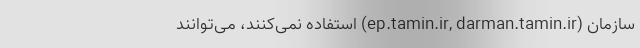
سازمان (ep.tamin.ir, darman.tamin.ir) استفاده نمی‌کنند، می‌توانند